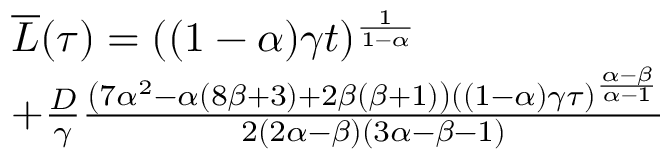
\begin{array} { r l } & { \overline { { L } } ( \tau ) = ( ( 1 - \alpha ) \gamma t ) ^ { \frac { 1 } { 1 - \alpha } } } \\ & { + \frac { D } { \gamma } \frac { \left( 7 \alpha ^ { 2 } - \alpha ( 8 \beta + 3 ) + 2 \beta ( \beta + 1 ) \right) ( ( 1 - \alpha ) \gamma \tau ) ^ { \frac { \alpha - \beta } { \alpha - 1 } } } { 2 ( 2 \alpha - \beta ) ( 3 \alpha - \beta - 1 ) } } \end{array}